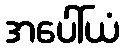
အပေါ်ယံ